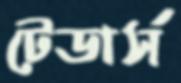
টেডার্স